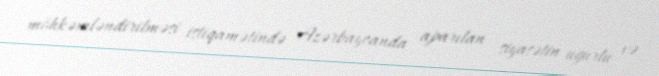
möhkəmləndirilməsi istiqamətində Azərbaycanda aparılan siyasətin uğurlu və